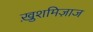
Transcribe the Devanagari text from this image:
ख़ुशमिज़ाज